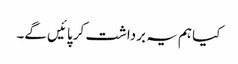
کیا ہم یہ برداشت کر پائیں گے۔